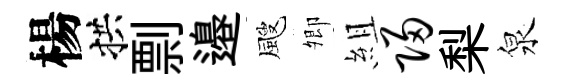
楊拱剽邉颼𡖖組归梨泉